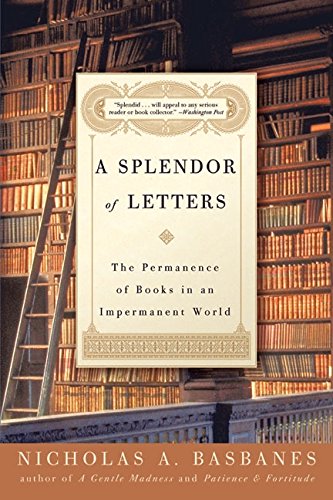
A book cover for A Splendor of Letters: The Permanence of Books in an Impermanent World; Nicholas A. Basbanes; Crafts, Hobbies & Home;